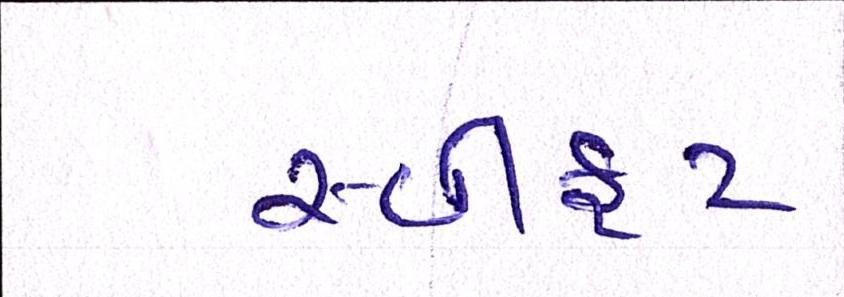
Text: સ્વીફટ